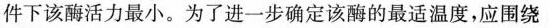
件下该酶活力最小。为了进一步确定该酶的最适温度，应围绕